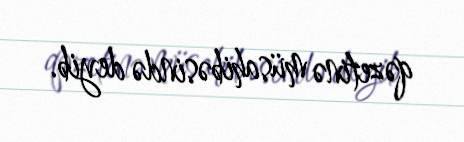
qəzetinə müsahibəsində deyib.